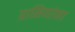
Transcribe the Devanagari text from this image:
ग्रामिणांना